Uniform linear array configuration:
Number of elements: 16
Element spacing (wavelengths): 0.25
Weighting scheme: hamming
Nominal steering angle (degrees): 15
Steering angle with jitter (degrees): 15.757
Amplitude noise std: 0.05
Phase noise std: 0.05

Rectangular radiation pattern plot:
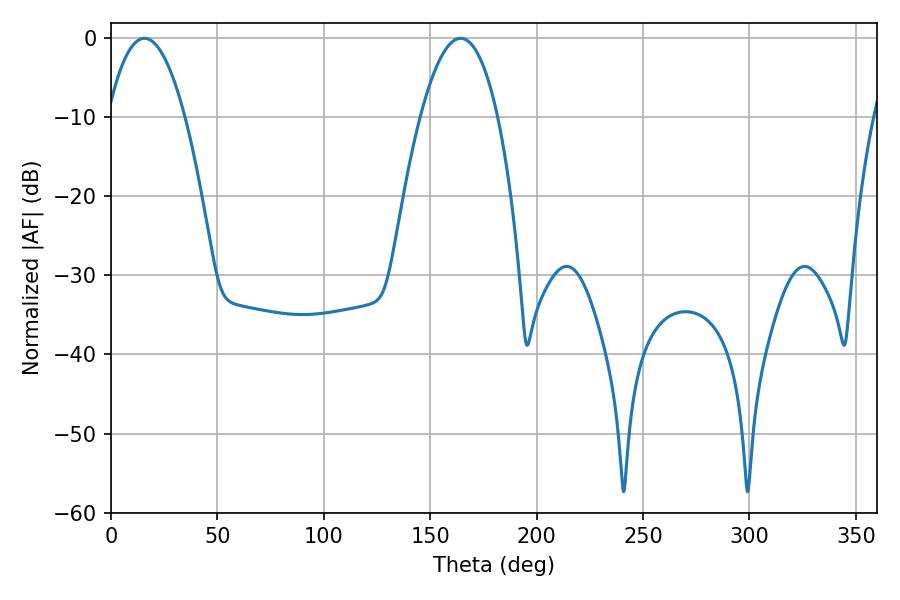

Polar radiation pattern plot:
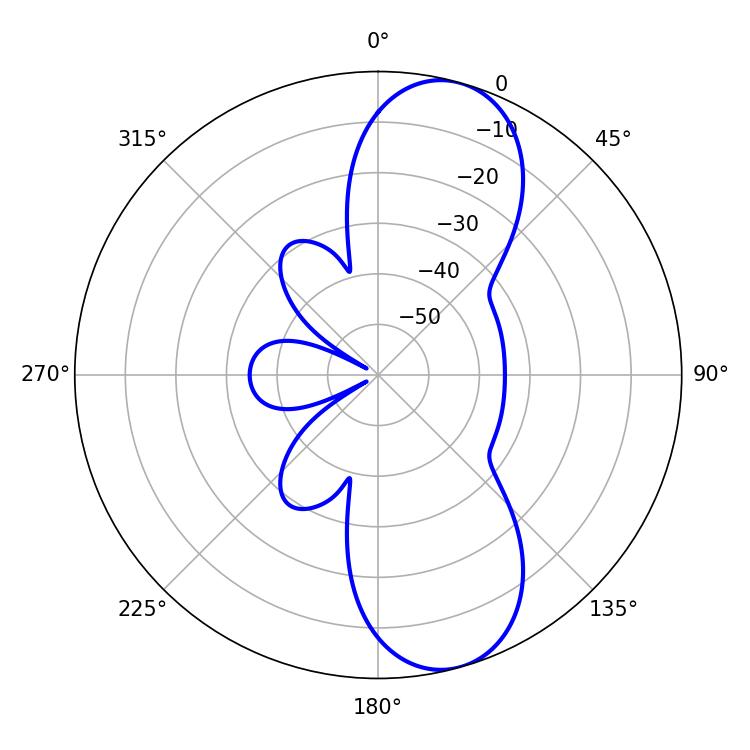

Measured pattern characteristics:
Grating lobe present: FALSE
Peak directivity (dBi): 9.85
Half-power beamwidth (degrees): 19.98
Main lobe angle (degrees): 15.66